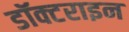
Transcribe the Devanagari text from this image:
डॉक्टराइन